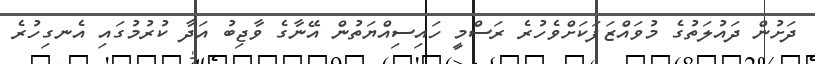
ދަށުން ދައުލަތުގެ މުވައްޒަފަކަށްވެހުރެ ރަސްމީ ހައިސިއްޔަތުން އޭނާގެ ވާޖިބު އަދާ ކުރުމުގައި އެނގިހުރެ